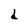
Character: d